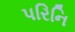
પરિનિ